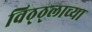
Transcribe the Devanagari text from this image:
विठ्ठ्लाच्या